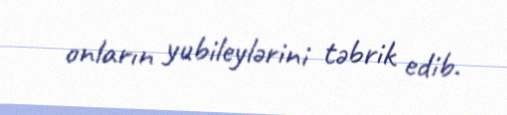
onların yubileylərini təbrik edib.